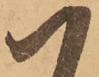
ハ